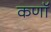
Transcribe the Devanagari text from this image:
कणॉ